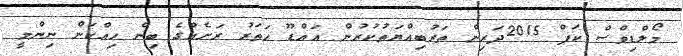
މޯލްޑިވްސް ކަޕް 2015ދަރިން ތަރުބިއްޔަތުކުރުން އައްޑޫ ހަތަރު ރަށެއްގެ ބިން ހިއްކަން ނިންމީ